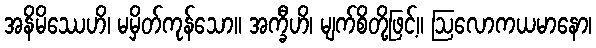
အနိမိဿေဟိ၊ မမှိတ်ကုန်သော။ အက္ခီဟိ၊ မျက်စိတို့ဖြင့်။ ဩလောကယမာနော၊